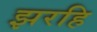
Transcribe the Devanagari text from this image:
झरहि